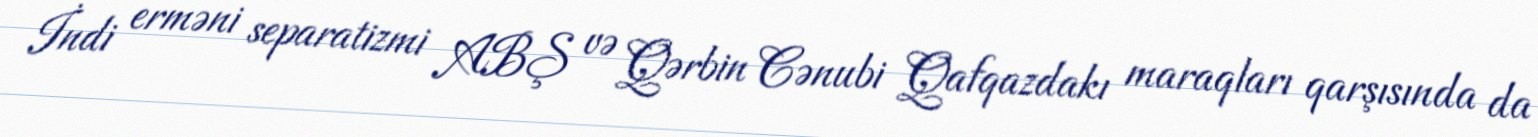
İndi erməni separatizmi ABŞ və Qərbin Cənubi Qafqazdakı maraqları qarşısında da